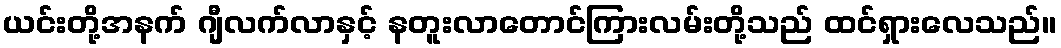
ယင်းတို့အနက် ဂျီလက်လာနှင့် နတူးလာတောင်ကြားလမ်းတို့သည် ထင်ရှားလေသည်။